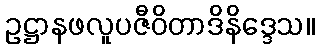
ဥဋ္ဌာနဖလူပဇီဝိတာဒိနိဒ္ဒေသ။